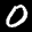
Label: 0